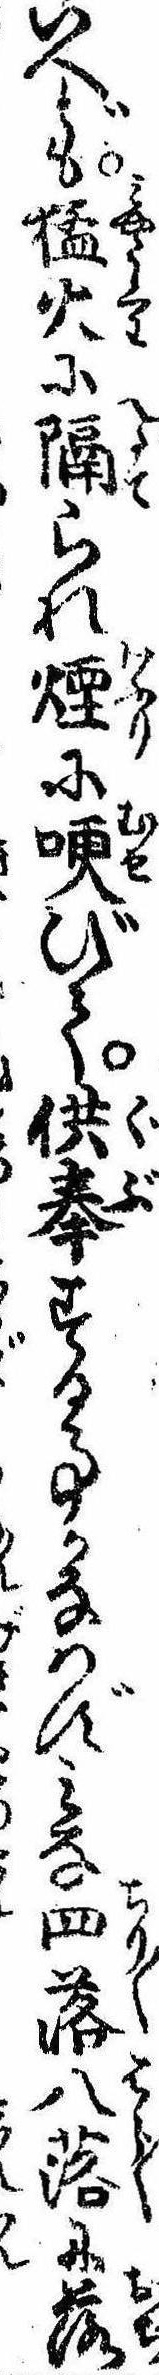
いへども猛火に隔られ煙に哽びて供奉する事かなはずみな四落八落に落